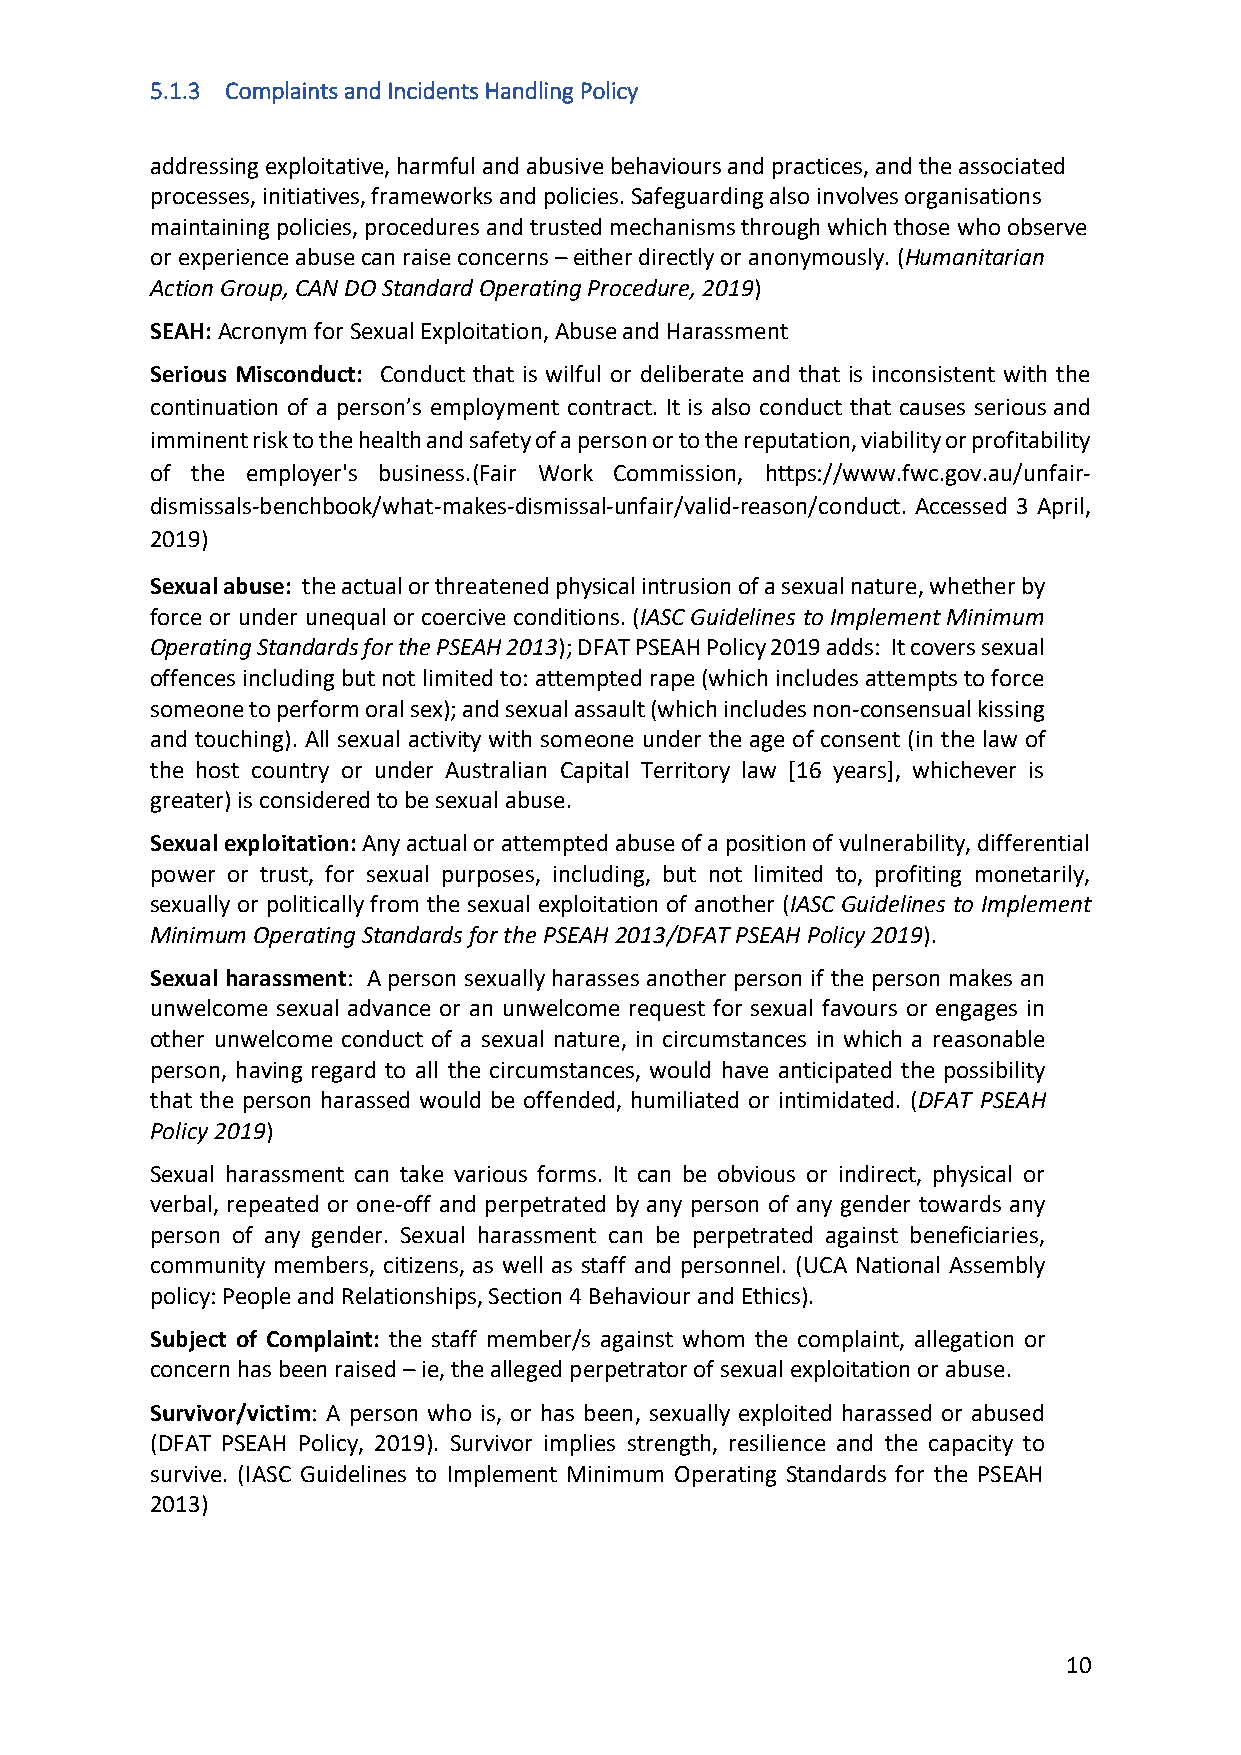
5.1.3 Complaints and Incidents Handling Policy
 addressing exploitative, harmful and abusive behaviours and practices, and the associated
 processes, initiatives, frameworks and policies. Safeguarding also involves organisations
 maintaining policies, procedures and trusted mechanisms through which those who observe
 or experience abuse can raise concerns – either directly or anonymously. (Humanitarian
 Action Group, CAN DO Standard Operating Procedure, 2019)
 SEAH: Acronym for Sexual Exploitation, Abuse and Harassment
 Serious Misconduct: Conduct that is wilful or deliberate and that is inconsistent with the
 continuation of a person’s employment contract. It is also conduct that causes serious and
 imminent risk to the health and safety of a person or to the reputation, viability or profitability
 of the employer's business.(Fair Work Commission, https://www.fwc.gov.au/unfair-
 dismissals-benchbook/what-makes-dismissal-unfair/valid-reason/conduct. Accessed 3 April,
 2019)
 Sexual abuse: the actual or threatened physical intrusion of a sexual nature, whether by
 force or under unequal or coercive conditions. (IASC Guidelines to Implement Minimum
 Operating Standards for the PSEAH 2013); DFAT PSEAH Policy 2019 adds: It covers sexual
 offences including but not limited to: attempted rape (which includes attempts to force
 someone to perform oral sex); and sexual assault (which includes non-consensual kissing
 and touching). All sexual activity with someone under the age of consent (in the law of
 the host country or under Australian Capital Territory law [16 years], whichever is
 greater) is considered to be sexual abuse.
 Sexual exploitation: Any actual or attempted abuse of a position of vulnerability, differential
 power or trust, for sexual purposes, including, but not limited to, profiting monetarily,
 sexually or politically from the sexual exploitation of another (IASC Guidelines to Implement
 Minimum Operating Standards for the PSEAH 2013/DFAT PSEAH Policy 2019).
 Sexual harassment: A person sexually harasses another person if the person makes an
 unwelcome sexual advance or an unwelcome request for sexual favours or engages in
 other unwelcome conduct of a sexual nature, in circumstances in which a reasonable
 person, having regard to all the circumstances, would have anticipated the possibility
 that the person harassed would be offended, humiliated or intimidated. (DFAT PSEAH
 Policy 2019)
 Sexual harassment can take various forms. It can be obvious or indirect, physical or
 verbal, repeated or one-off and perpetrated by any person of any gender towards any
 person of any gender. Sexual harassment can be perpetrated against beneficiaries,
 community members, citizens, as well as staff and personnel. (UCA National Assembly
 policy: People and Relationships, Section 4 Behaviour and Ethics).
 Subject of Complaint: the staff member/s against whom the complaint, allegation or
 concern has been raised – ie, the alleged perpetrator of sexual exploitation or abuse.
 Survivor/victim: A person who is, or has been, sexually exploited harassed or abused
 (DFAT PSEAH Policy, 2019). Survivor implies strength, resilience and the capacity to
 survive. (IASC Guidelines to Implement Minimum Operating Standards for the PSEAH
 2013)
 10